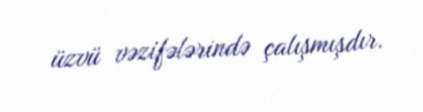
üzvü vəzifələrində çalışmışdır.